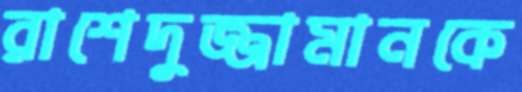
রাশেদুজ্জামানকে